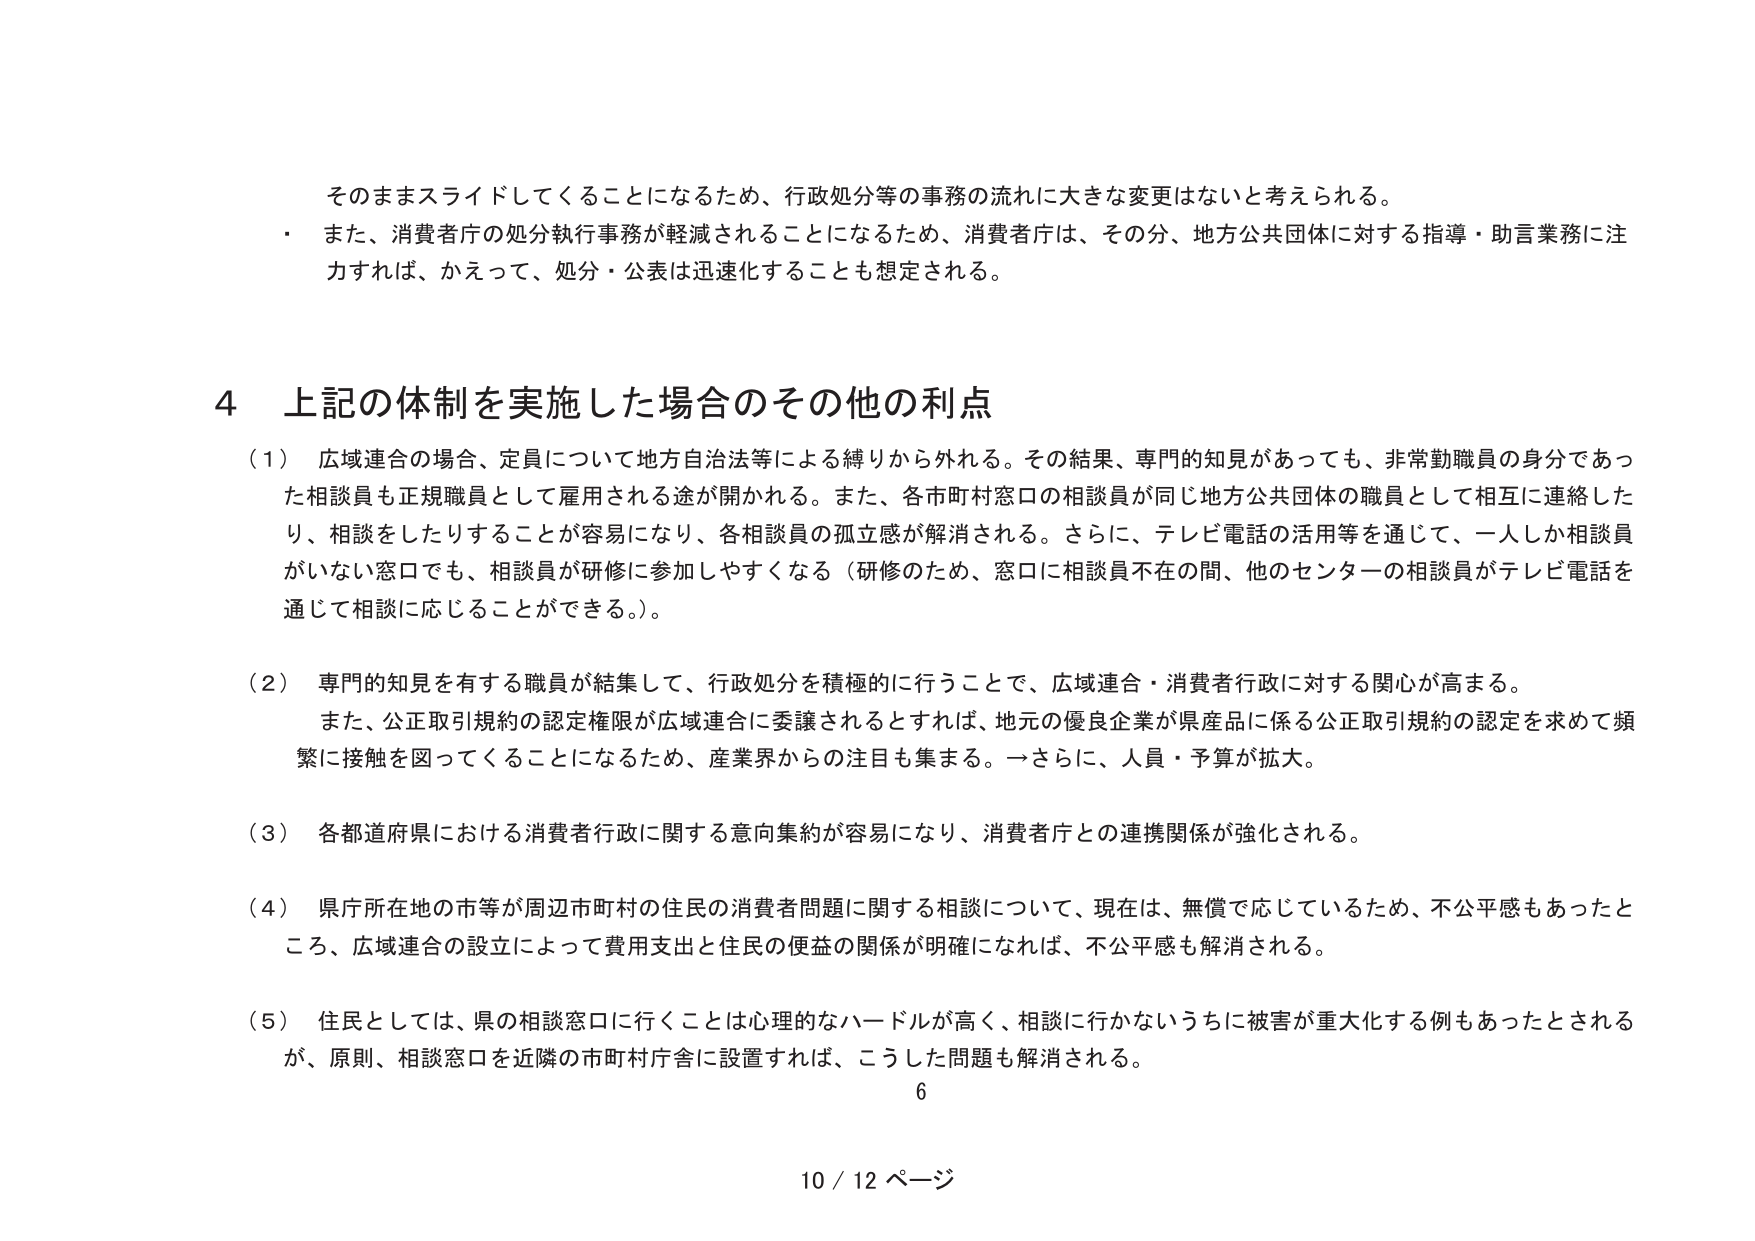
そのままスライドしてくることになるため、行政処分等の事務の流れに大きな変更はないと考えられる。
・ また、消費者庁の処分執行事務が軽減されることになるため、消費者庁は、その分、地方公共団体に対する指導・助言業務に注力すれば、かえって、処分・公表は迅速化することも想定される。

4 上記の体制を実施した場合のその他の利点
（1） 広域連合の場合、定員について地方自治法等による縛りから外れる。その結果、専門的知見があっても、非常勤職員の身分であった相談員も正規職員として雇用される途が開かれる。また、各市町村窓口の相談員が同じ地方公共団体の職員として相互に連絡したり、相談をしたりすることが容易になり、各相談員の孤立感が解消される。さらに、テレビ電話の活用等を通じて、一人しか相談員がいない窓口でも、相談員が研修に参加しやすくなる（研修のため、窓口に相談員不在の間、他のセンターの相談員がテレビ電話を通じて相談に応じることができる。）。
（2） 専門的知見を有する職員が結集して、行政処分を積極的に行うことで、広域連合・消費者行政に対する関心が高まる。
また、公正取引規約の認定権限が広域連合に委譲されるとすれば、地元の優良企業が県産品に係る公正取引規約の認定を求めて頻繁に接触を図ってくることになるため、産業界からの注目も集まる。一さらに、人員・予算が拡大。
（3） 各都道府県における消費者行政に関する意向集約が容易になり、消費者庁との連携関係が強化される。
（4） 県庁所在地の市等が周辺市町村の住民の消費者問題に関する相談について、現在は、無償で応じているため、不公平感もあったところ、広域連合の設立によって費用支出と住民の便益の関係が明確になれば、不公平感も解消される。
（5） 住民としては、県の相談窓口に行くことは心理的なハードルが高く、相談に行かないうちに被害が重大化する例もあったとされるが、原則、相談窓口を近隣の市町村庁舎に設置すれば、こうした問題も解消される。
6
10 / 12 ページ